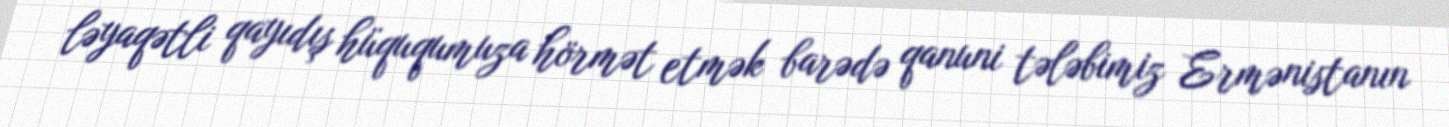
ləyaqətli qayıdış hüququmuza hörmət etmək barədə qanuni tələbimiz Ermənistanın